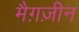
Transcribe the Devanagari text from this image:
मैग़ज़ीन